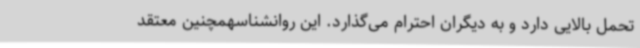
تحمل بالایی دارد و به دیگران احترام می‌گذارد. این روانشناسهمچنین معتقد